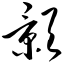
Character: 颢